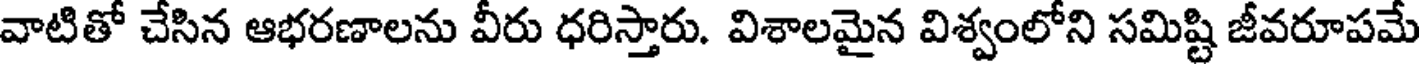
వాటితో చేసిన ఆభరణాలను వీరు ధరిస్తారు. విశాలమైన విశ్వంలోని సమిష్టి జీవరూపమే